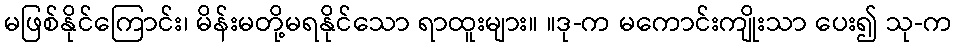
မဖြစ်နိုင်ကြောင်း၊ မိန်းမတို့မရနိုင်သော ရာထူးများ။ ။ဒု-က မကောင်းကျိုးသာ ပေး၍ သု-က